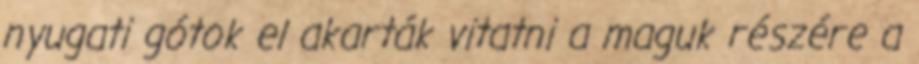
nyugati gótok el akarták vitatni a maguk részére a